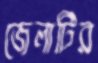
জেলাটির